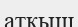
атқыш